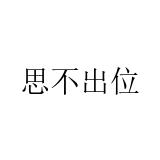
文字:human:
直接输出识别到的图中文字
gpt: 思不出位